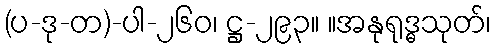
(ပ-ဒု-တ)-ပါ-၂၆၀၊ ဋ္ဌ-၂၉၃။ ။အနုရုဒ္ဓသုတ်၊